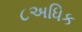
૮અધિક